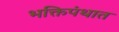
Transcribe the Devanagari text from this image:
भक्तिपंथात